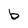
Character: b